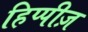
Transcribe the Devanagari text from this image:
हिप्पीज़